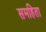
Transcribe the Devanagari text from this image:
समहिता